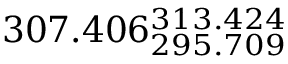
3 0 7 . 4 0 6 _ { 2 9 5 . 7 0 9 } ^ { 3 1 3 . 4 2 4 }